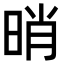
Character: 𣆺